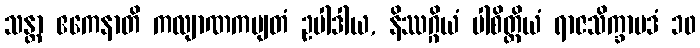
သန္တာ ဧကေနာတိ ကလျာဏကမျတံ ဥပါဒါယ, နိဿဂ္ဂိယံ ပါစိတ္တိယံ ရာဇသိက္ခာပဒံ ၁၀